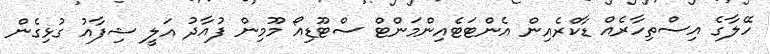
ހޭލާގެ އިސްތިހާރެއް ޑާކްރެއިން އެންޓަޓެއިންމަންޓް ސްޓޫޑިއޯ މޫމިން ފުއާދު އަލީ ޝިފާއު ގުޅިގެން